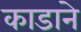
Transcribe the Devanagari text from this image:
काडाने